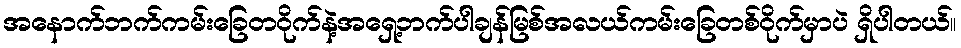
အနောက်ဘက်ကမ်းခြေတဝိုက်နဲ့အရှေ့ဘက်ပါချန်မြစ်အလယ်ကမ်းခြေတစ်ဝိုက်မှာပဲ ရှိပါတယ်။